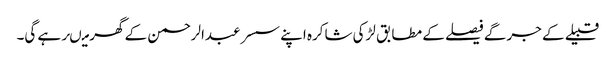
قبیلے کے جرگے فیصلے کے مطابق لڑکی شاکرہ اپنے سسر عبدالرحمن کے گھر میںرہے گی۔